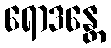
ရောဒန္တေ